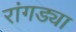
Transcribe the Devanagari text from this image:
रांगड्या